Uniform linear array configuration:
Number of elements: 12
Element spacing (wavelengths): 0.75
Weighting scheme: hamming
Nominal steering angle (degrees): -30
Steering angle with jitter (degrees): -30.571
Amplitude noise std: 0.05
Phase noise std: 0.05

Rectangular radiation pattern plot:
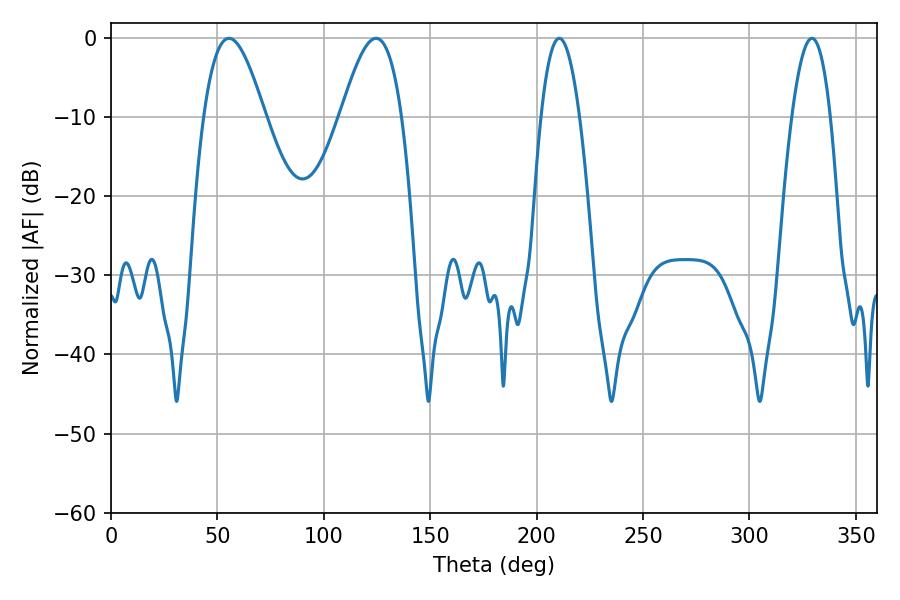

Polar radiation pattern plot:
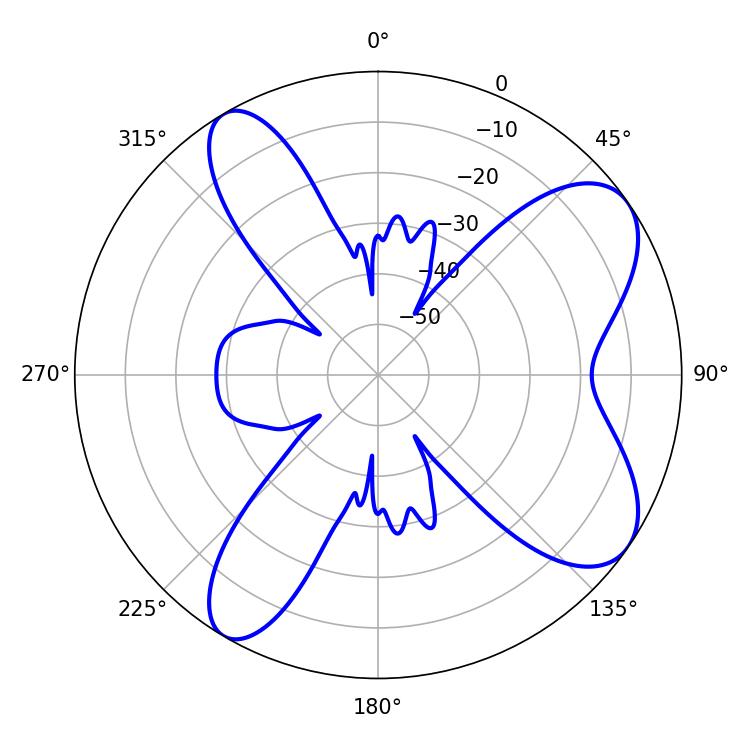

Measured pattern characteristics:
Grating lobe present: TRUE
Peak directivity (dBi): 8.087
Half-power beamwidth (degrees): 15.66
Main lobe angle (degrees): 55.44